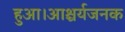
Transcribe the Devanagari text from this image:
हुआ।आश्चर्यजनक